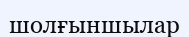
шолғыншылар